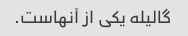
گالیله یکی از آنهاست.